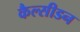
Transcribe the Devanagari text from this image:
कैल्सीडन